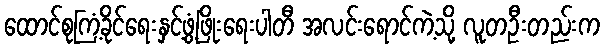
ထောင်စုကြံ့ခိုင်ရေးနှင့်ဖွံ့ဖြိုးရေးပါတီ အလင်းရောင်ကဲ့သို့ လူတဦးတည်းက